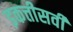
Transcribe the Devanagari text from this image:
इकत्तीसवी